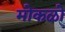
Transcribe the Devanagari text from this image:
मोकळो